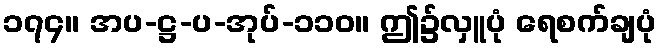
၁၇၄။ အပ-ဋ္ဌ-ပ-အုပ်-၁၁၀။ ဤ၌လှူပုံ ရေစက်ချပုံ